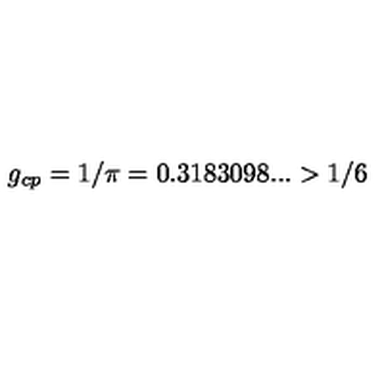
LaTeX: g _ { c p } = 1 / \pi = 0 . 3 1 8 3 0 9 8 . . . > 1 / 6